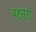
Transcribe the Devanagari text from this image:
बहुसूरी